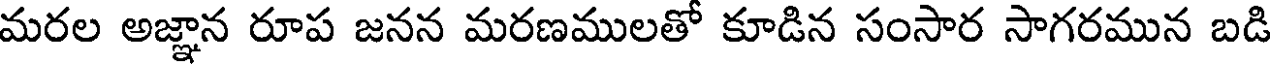
మరల అజ్ఞాన రూప జనన మరణములతో కూడిన సంసార సాగరమున బడి